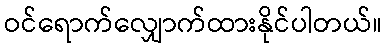
ဝင်ရောက်လျှောက်ထားနိုင်ပါတယ်။